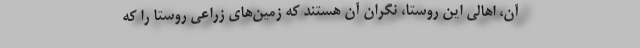
آن، اهالی این روستا، نگران آن هستند که زمین‌های زراعی روستا را که